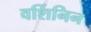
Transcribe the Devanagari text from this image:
वर्शिनिन